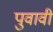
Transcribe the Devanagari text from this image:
पुवावी